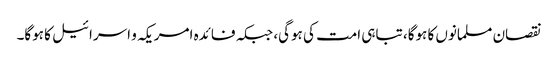
نقصان مسلمانوں کا ہوگا، تباہی امت کی ہوگی، جبکہ فائدہ امریکہ و اسرائیل کا ہوگا۔